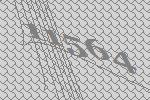
11564